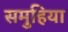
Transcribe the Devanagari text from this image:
समुहिया